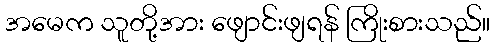
အမေက သူတို့အား ဖျောင်းဖျရန် ကြိုးစားသည်။